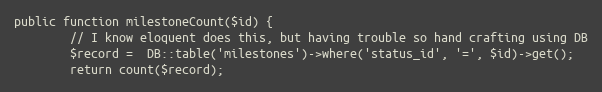
Language: PHP
public function milestoneCount($id) {
        // I know eloquent does this, but having trouble so hand crafting using DB
        $record =  DB::table('milestones')->where('status_id', '=', $id)->get();
        return count($record);